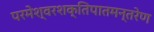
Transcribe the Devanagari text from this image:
परमेश्वरशक्तिपातमन्तरेण